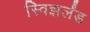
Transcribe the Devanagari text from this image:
स्विझर्लंड